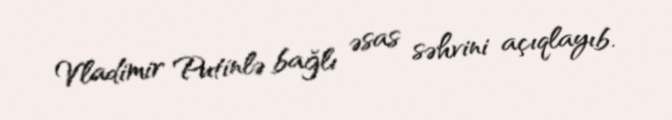
Vladimir Putinlə bağlı əsas səhvini açıqlayıb.